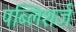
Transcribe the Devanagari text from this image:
पब्लिशर्ज